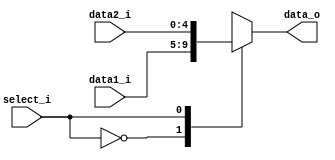
module MUX5
(
    data1_i,
    data2_i,
    select_i,
    data_o
);

input [4:0] data1_i;
input [4:0] data2_i;
input select_i;
output [4:0] data_o;

reg [5:0] tmp_out;
assign data_o = tmp_out;

always @(data1_i or data2_i or select_i) begin
    case (select_i)
        0: tmp_out = data1_i; // Rt 20~16
        1: tmp_out = data2_i; // Rd 15~11
        default : tmp_out = 6'b000000;
    endcase
end

endmodule